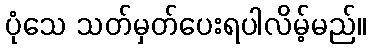
ပုံသေ သတ်မှတ်ပေးရပါလိမ့်မည်။